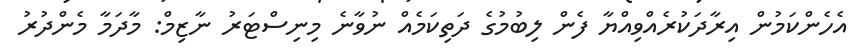
އެހެންކަމުން އިރާދަކުރެއްވިއްޔާ ފެން ލިބުމުގެ ދަތިކަމެއް ނުވާނެ މިނިސްޓަރު ނާޒިމް: މާދަމާ މެންދުރު